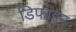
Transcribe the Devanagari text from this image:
डिफाइन